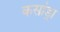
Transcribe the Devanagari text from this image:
कसांड्रा